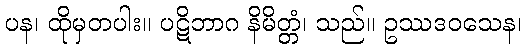
ပန၊ ထိုမှတပါး။ ပဋိဘာဂ နိမိတ္တံ၊ သည်။ ဥဿဒဝသေန၊